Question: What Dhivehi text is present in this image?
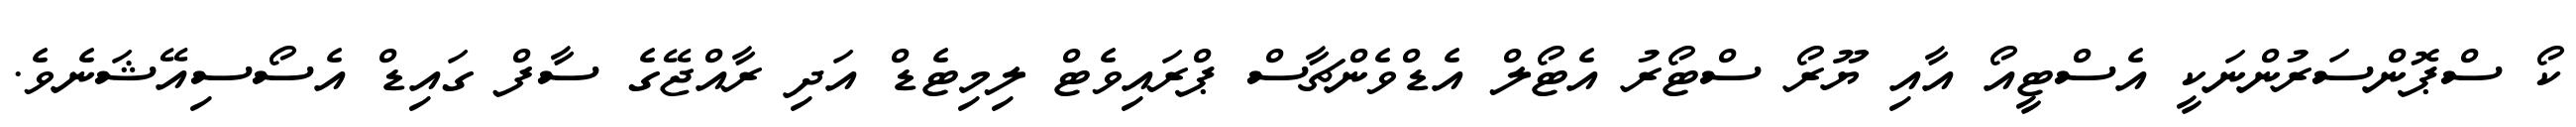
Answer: ކޯ ސްޕޮންސަރުންނަކީ އެސްޓީއޯ އާއި ޔޫރޯ ސްޓޯރު އެޓޯލް އެޑްވެންޗާސް ޕްރައިވެޓް ލިމިޓެޑް އަދި ރާއްޖޭގެ ސާފް ގައިޑް އެސޯސިއޭޝަނެވެ.